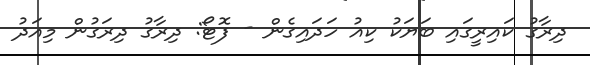
ދިރާގު ކައިރީގައި ބަޔަކު ކިއު ހަދައިގެން - ފޮޓޯ: ދިރާގު ދިރަގުން މިއަދު